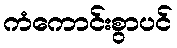
ကံကောင်းစွာပင်